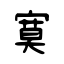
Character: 寞